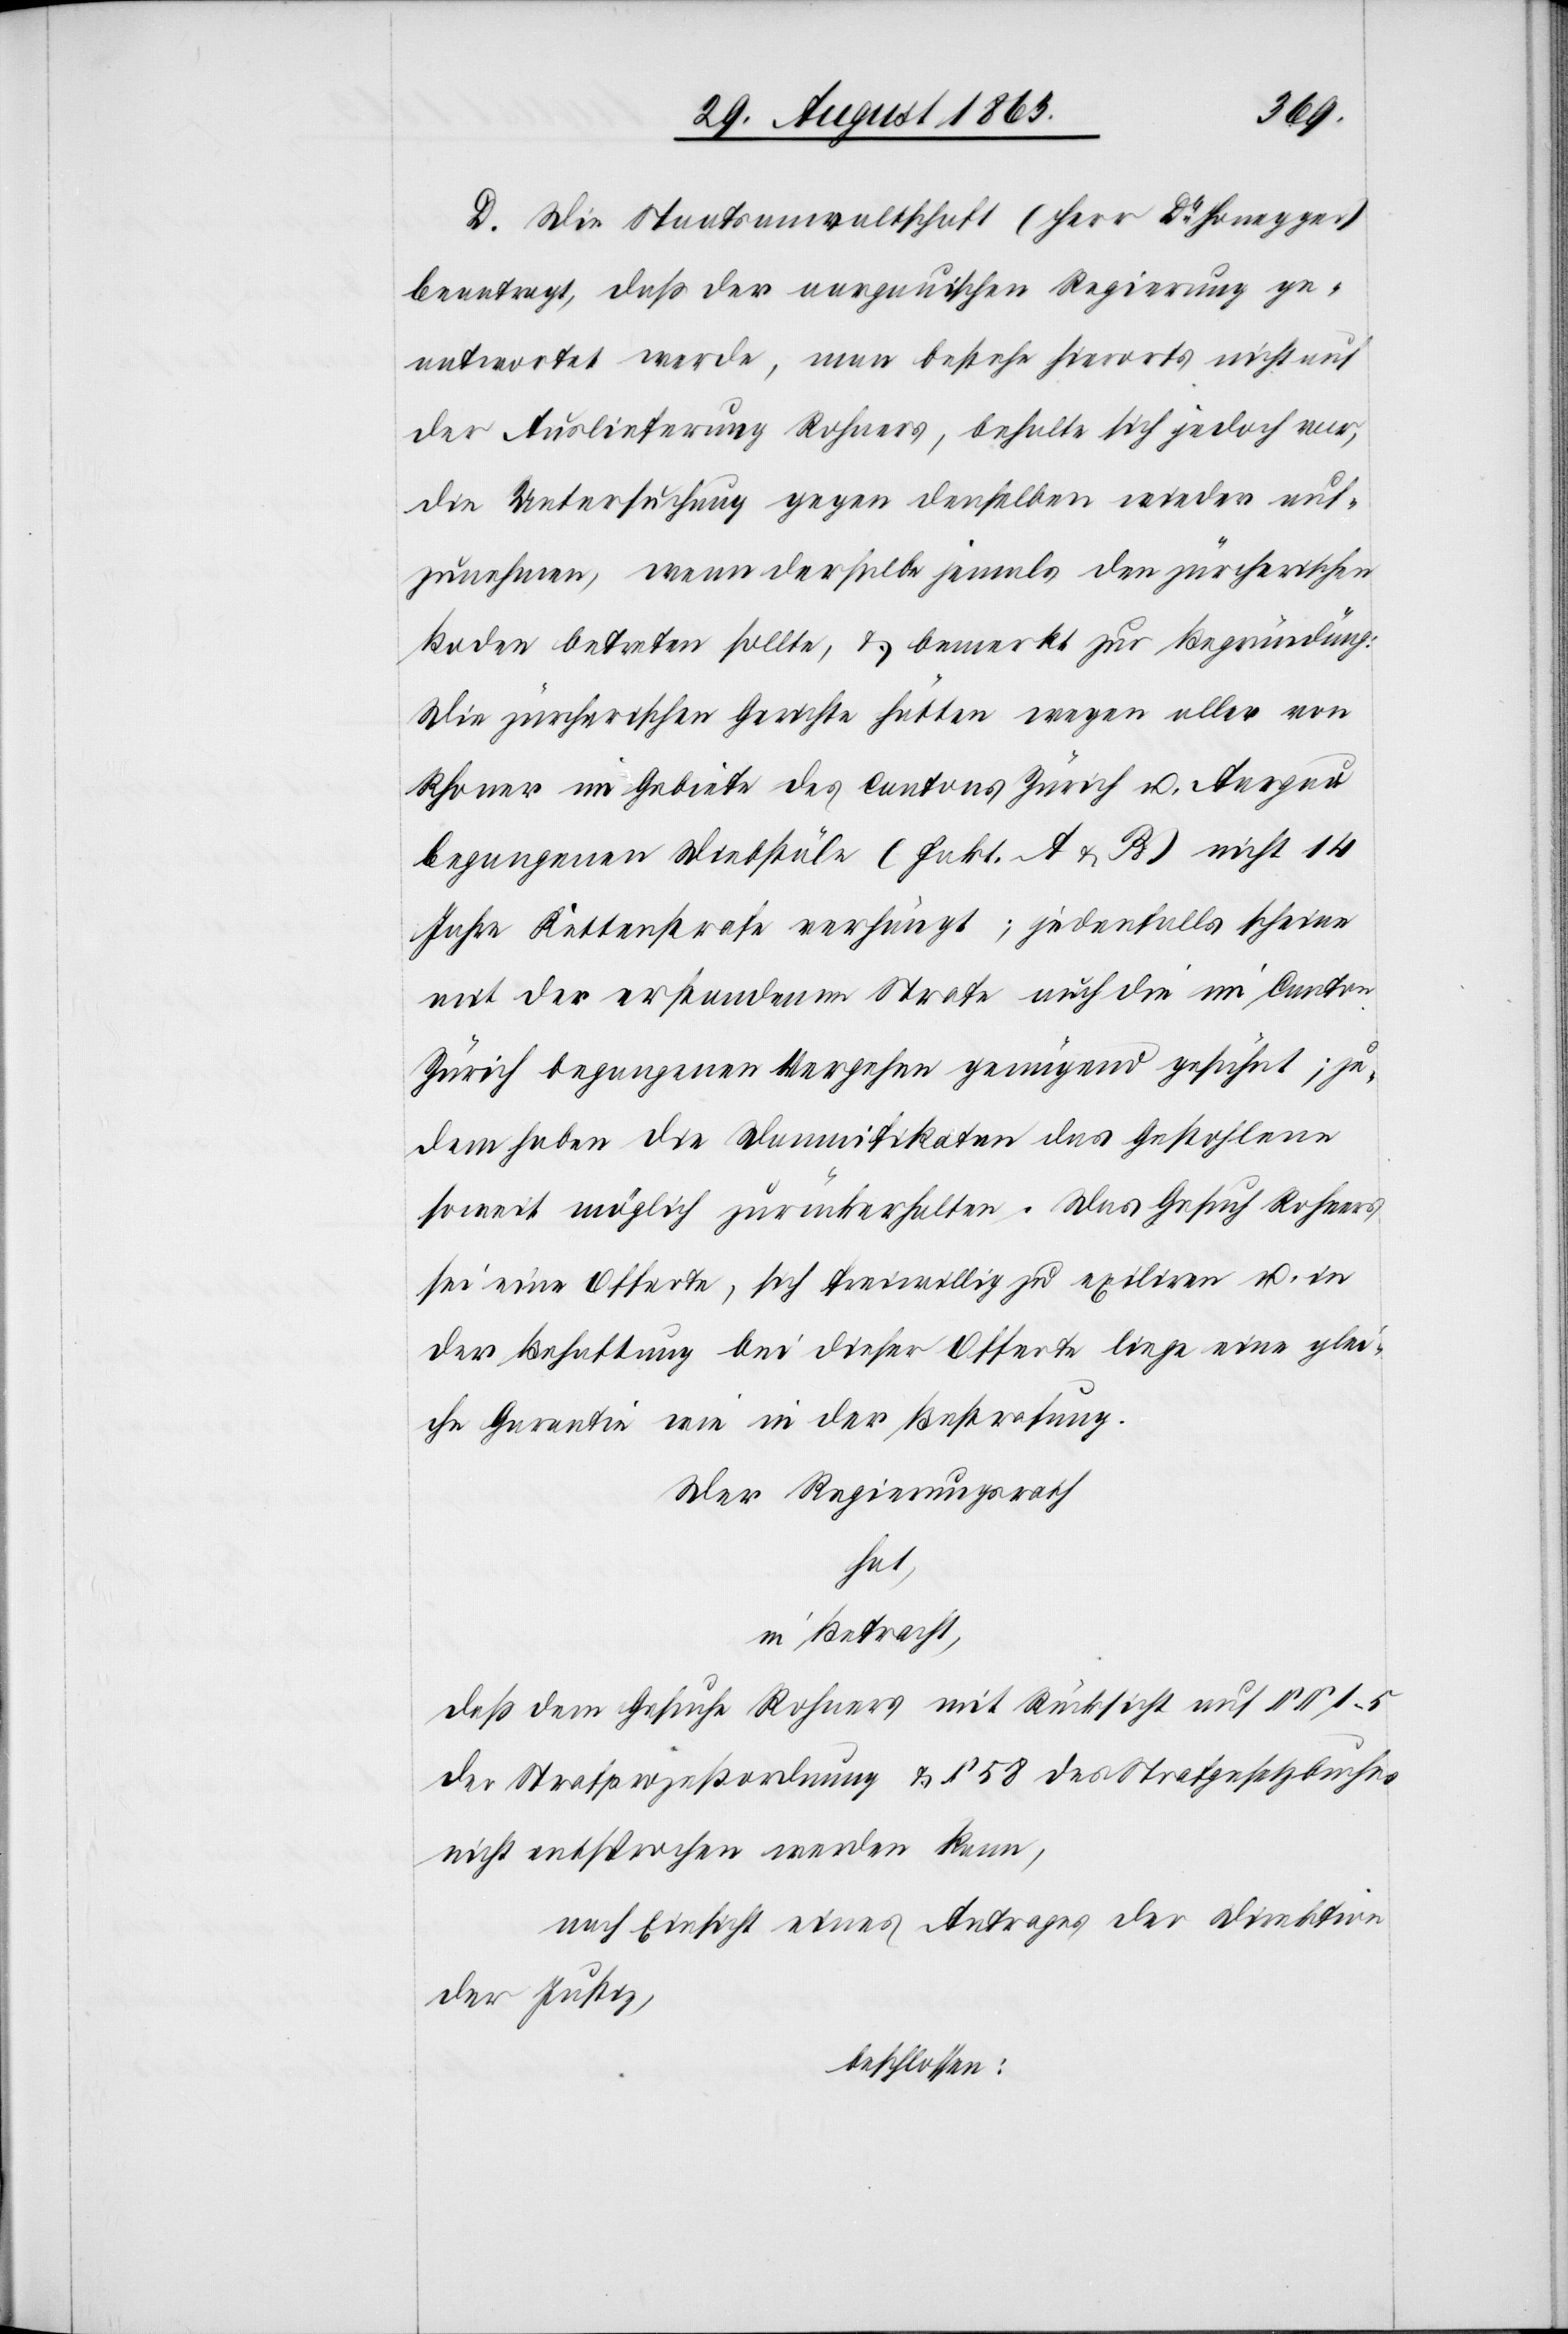
D. Die Staatsanwaltschaft (Herr Dr Honegger)
beantragt, daß der aargauischen Regierung ge¬
antwortet werde, man bestehe hierorts nicht auf
der Auslieferung Rohners, behalte sich jedoch vor,
die Untersuchung gegen denselben wieder auf¬
zunehmen, wenn derselbe jemals den zürcherischen
Boden betreten sollte, & bemerkt zur Begründüng
Die zürcherischen Gerichte hätten wegen aller von
[sic!] im Gebiete des Cantons Zürich u. Aargau
begangenen Diebstäle (Fakt. A & B) nicht 14
Jahre Kettenstrafe verhängt; jedenfalls scheine
mit der erstandenen Strafe auch die im Canton
Zürich begangenen Vergehen genügend gesühnt; zu¬
dem haben die Damnifikaten das Gestohlene
soweit möglich zurückerhalten. Das Gesuch Rohners
sei eine Offerte, sich freiwillig zu exiliren u. in
der Behaftung bei dieser Offerte liege eine glei¬
che Garantie wie in der Bestrafung.
Der Regierungsrath
hat,
in Betracht,
daß dem Gesuche Rohners mit Rücksicht auf §§ 1–5
der Strafprozeßordnung & § 58 des Strafgesetzbuches
nicht entsprochen werden kann,
nach Einsicht eines Antrages der Direktion
der Justiz,
beschlossen: